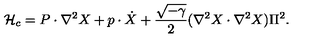
{ \cal H } _ { c } = P \cdot \nabla ^ { 2 } X + p \cdot \dot { X } + { \frac { \sqrt { - \gamma } } { 2 } } ( \nabla ^ { 2 } X \cdot \nabla ^ { 2 } X ) \Pi ^ { 2 } .